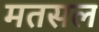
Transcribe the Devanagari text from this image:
मतसल